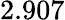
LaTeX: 2.907